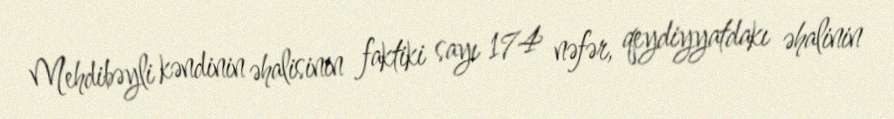
Mehdibəyli kəndinin əhalisinin faktiki sayı 174 nəfər, qeydiyyatdakı əhalinin